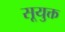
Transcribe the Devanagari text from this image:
सूयुक्त